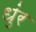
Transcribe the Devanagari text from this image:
धुंर